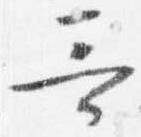
哥